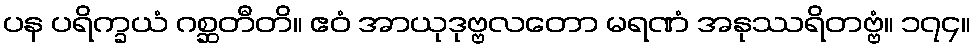
ပန ပရိက္ခယံ ဂစ္ဆတီတိ။ ဧဝံ အာယုဒုဗ္ဗလတော မရဏံ အနုဿရိတဗ္ဗံ။ ၁၇၄။